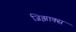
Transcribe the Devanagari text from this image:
जिझाक्स